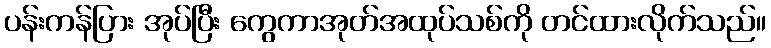
ပန်းကန်ပြား အုပ်ပြီး ကွေကာအုတ်အထုပ်သစ်ကို တင်ထားလိုက်သည်။